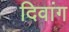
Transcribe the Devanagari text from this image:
दिवांग